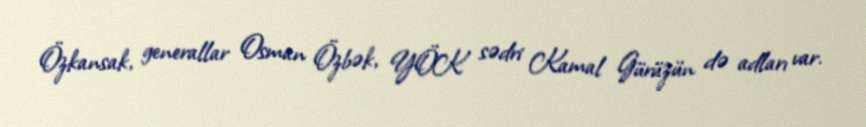
Özkansak, generallar Osman Özbək, YÖK sədri Kamal Gürüzün də adları var.